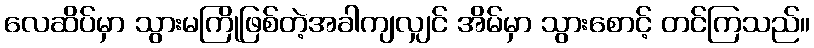
လေဆိပ်မှာ သွားမကြိုဖြစ်တဲ့အခါကျလျှင် အိမ်မှာ သွားစောင့် တင်ကြသည်။